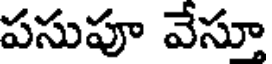
పసుపూ వేస్తూ